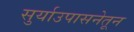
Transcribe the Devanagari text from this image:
सुर्याउपासनेतून